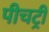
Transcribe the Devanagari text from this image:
पीचट्री